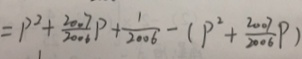
= p ^ { 2 } + \frac { 2 0 0 7 } { 2 0 0 6 } p + \frac { 1 } { 2 0 0 6 } - ( p ^ { 2 } + \frac { 2 0 0 7 } { 2 0 0 6 } p )